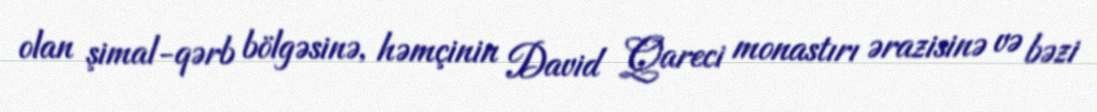
olan şimal-qərb bölgəsinə, həmçinin David Qareci monastırı ərazisinə və bəzi